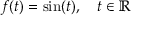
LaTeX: f ( t ) = \sin ( t ) , \quad t \in \mathbb { R }